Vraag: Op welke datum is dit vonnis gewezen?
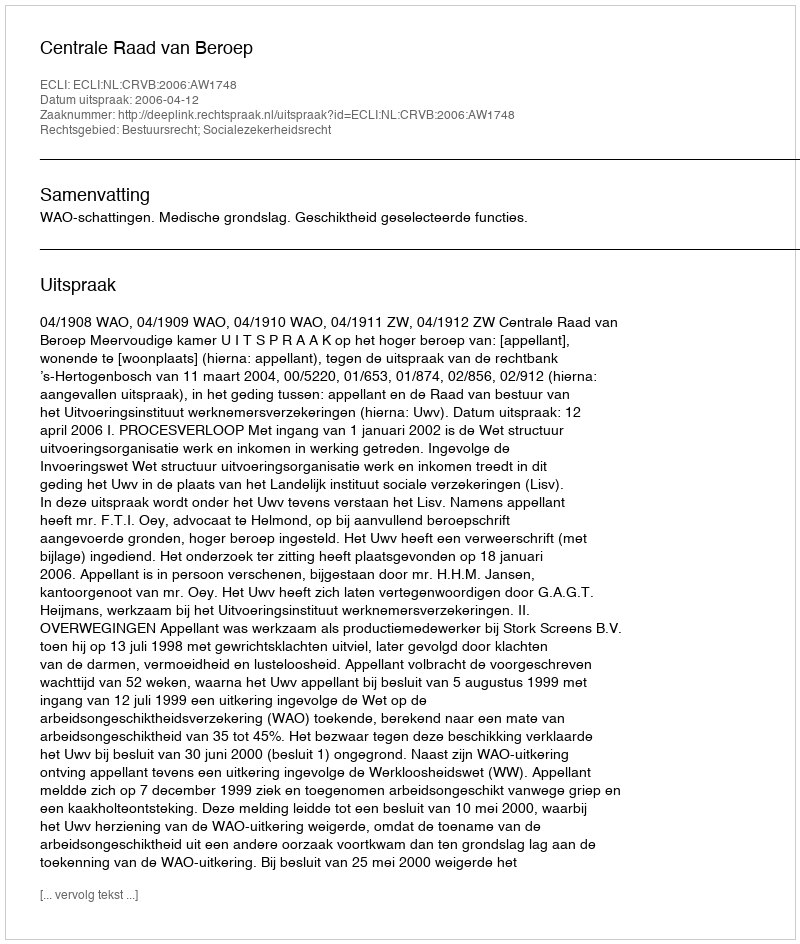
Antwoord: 2006-04-12